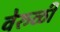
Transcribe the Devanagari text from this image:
वेरुळी